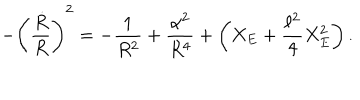
- \left( { \frac { \dot { R } } { R } } \right) ^ { 2 } = - { \frac { 1 } { R ^ { 2 } } } + { \frac { \alpha ^ { 2 } } { R ^ { 4 } } } + \left( X _ { E } + { \frac { \ell ^ { 2 } } { 4 } } X _ { E } ^ { 2 } \right) .